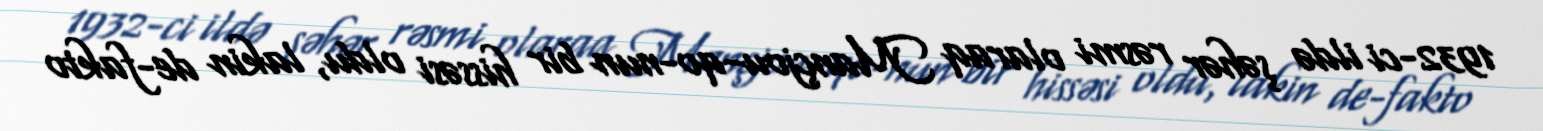
1932-ci ildə şəhər rəsmi olaraq Mançjou-qo-nun bir hissəsi oldu, lakin de-fakto